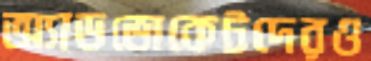
অ্যাডভোকেটদেরও